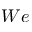
W e